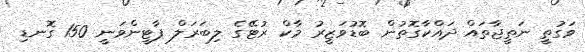
ވަގުތީ ނަތީޖާތައް ދައްކާގޮތުން ބޮޑުވަޒީރު މާކް ރުޓޭގެ ލިބަރަލް ޕާޓީންވަނީ 150 ގޮނޑި